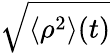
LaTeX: \sqrt{\langle\rho^{2}\rangle(t)}